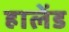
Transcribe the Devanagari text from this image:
हालेंड